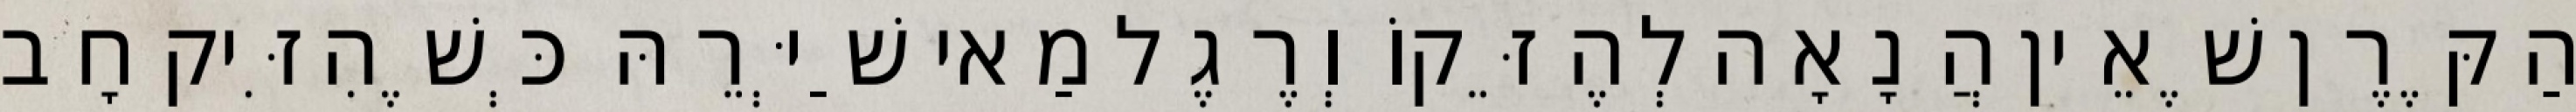
הַקֶּרֶן שֶׁאֵין הֲנָאָה לְהֶזֵּקוֹ וְרֶגֶל מַאי שַׁיְּרֵהּ כְּשֶׁהִזִּיק חָב